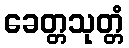
ခေတ္တသုတ္တံ